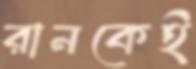
রানকেই